kultuurilooline_kollektsioon, lk 13
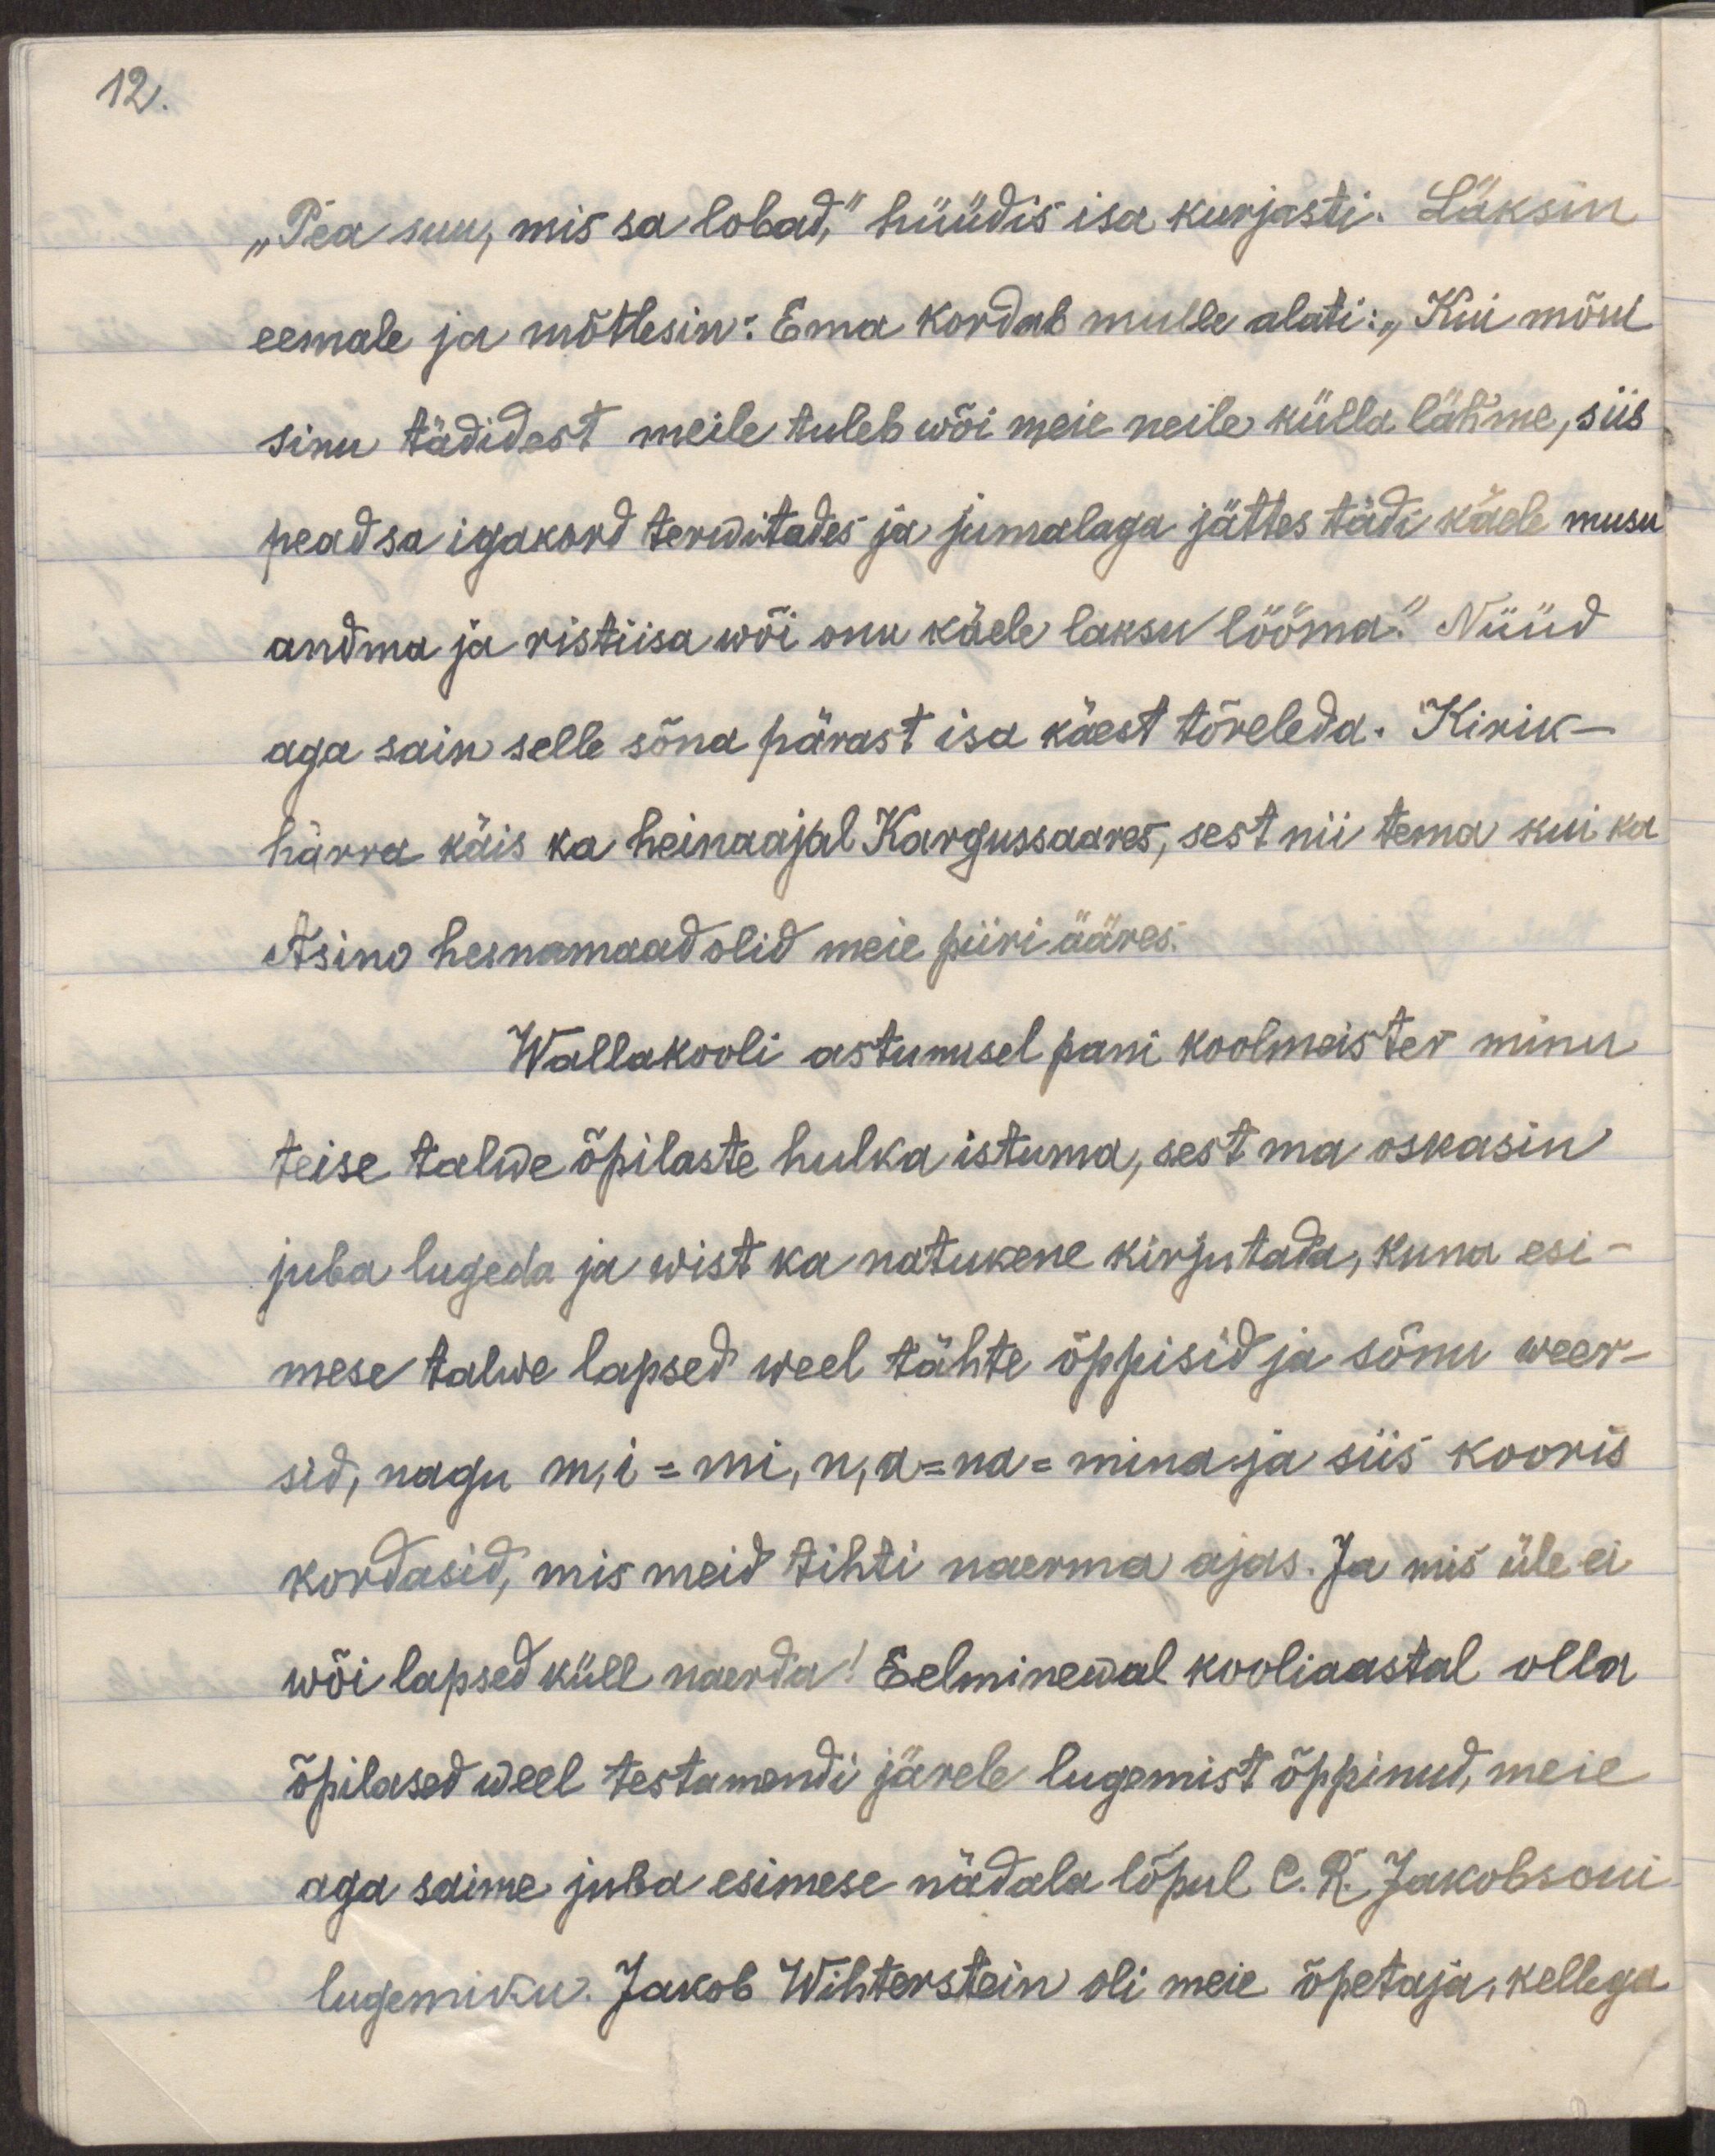
12.

"Pea suu, mis sa lobad," hüüdis isa kurjasti. Läksin
eemale ja mõtlesin: Ema kordab mulle alati: "Kui mõni
sinu tädidest meile tuleb wõi meie neile külla lähme, siis
pead sa igakord terwitades ja jumalaga jättes tädi käele musu
andma ja ristiisa wõi onu käele laksu lööma." Nüüd
aga sain selle sõna pärast isa käest tõreleda. Kirik-
härra käis ka heinaajal Kargussaares, sest nii tema kui ka
Asino heinamaad olid meie piiri ääres.
Wallakooli astumisel pani koolmeister minu
teise talwe õpilaste hulka istuma, sest ma oskasin
juba lugeda ja wist ka natukene kirjutada, kuna esi-
mese talwe lapsed weel tähte õppisid ja sõnu weer-
sid, nagu m,i=mi, n,a=na = mina ja siis kooris
kordasid, mis meid tihti naerma ajas. Ja mis üle ei
wõi lapsed küll naerda! Eelminewal kooliaastal olla
õpilased weel testamendi järele lugemist õppinud, meie
aga saime juba esimese nädala lõpul C.R. Jakobsoni
lugemiku. Jakob Wihterstein oli meie õpetaja, kellega